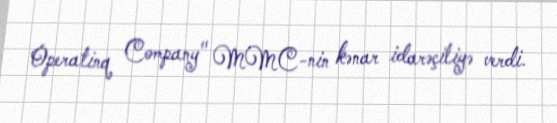
Operatinq Company" MMC-nin kənar idarəçiliyə verdi.